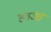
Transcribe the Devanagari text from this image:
हउआ